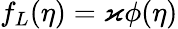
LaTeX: f_{L}(\eta)=\varkappa\phi(\eta)